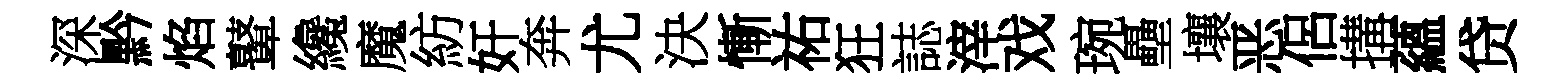
深黔焰鼙纔魔紡奸奔尤決慚祐狂誌滓戏琬壘壤恶侶搆蘊贷